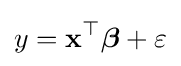
y=\mathbf {x} ^{\top }{\boldsymbol {\beta }}+\varepsilon